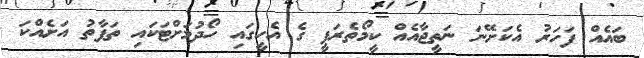
ބައެއް ފަހަރު އެކަށޭނަ ނަތީޖާއެއް ކީމޯތެރަޕީ ގެ އެހީގައި ހޯދުމަށްޓަކައި ތަފާތު އަށެއްކަ